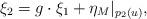
LaTeX: \begin{gather*} \xi_2 = g \cdot \xi_1 + {\eta_M}|_{p_2(u)}, \end{gather*}